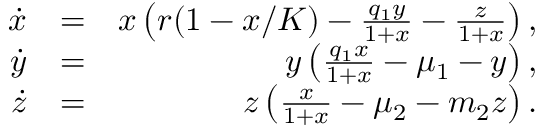
\begin{array} { r l r } { \dot { x } } & { = } & { x \left( r ( 1 - x / K ) - \frac { q _ { 1 } y } { 1 + x } - \frac { z } { 1 + x } \right) , } \\ { \dot { y } } & { = } & { y \left( \frac { q _ { 1 } x } { 1 + x } - \mu _ { 1 } - y \right) , } \\ { \dot { z } } & { = } & { z \left( \frac { x } { 1 + x } - \mu _ { 2 } - m _ { 2 } z \right) . } \end{array}